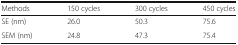
<table><thead><tr><td><b>Methods</b></td><td><b>150 cycles</b></td><td><b>300 cycles</b></td><td><b>450 cycles</b></td></tr></thead><tbody><tr><td>SE (nm)</td><td>26.0</td><td>50.3</td><td>75.6</td></tr><tr><td>SEM (nm)</td><td>24.8</td><td>47.3</td><td>75.4</td></tr></tbody></table>